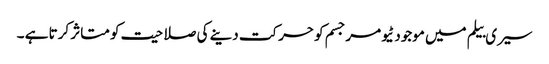
سیری بیلم میں موجود ٹیومرجسم کو حرکت دینے کی صلاحیت کو متاثر کرتا ہے ۔